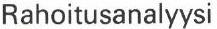
Rahoitusanalyysi